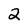
Character: 2